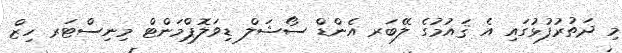
މި ދަތުރުފުޅުގައި އެ ޤައުމުގެ ލޭބަރ އެންޑް ސޯޝަލް ޑިވަލޮޕްމަންޓް މިނިސްޓަރ ހިޒް